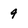
Character: 9